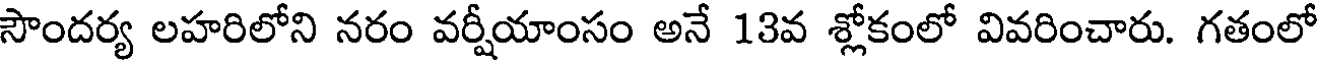
సౌందర్య లహరిలోని నరం వర్షీయాంసం అనే 13వ శ్లోకంలో వివరించారు. గతంలో